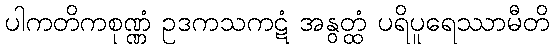
ပါကတိကစုဏ္ဏံ ဥဒကသကဋံ အနွတ္ထံ ပရိပူရေဿာမီတိ